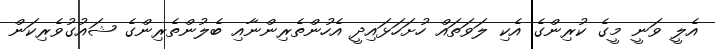
އެލީ ވަނީ މީގެ ކުރިންގެ އެކި ލަވަތައް ހުށަހަޅައިދީ އެހުންތެރިންނާއި ބެލުންތެރިންގެ ޝައުގުވެރިކަން